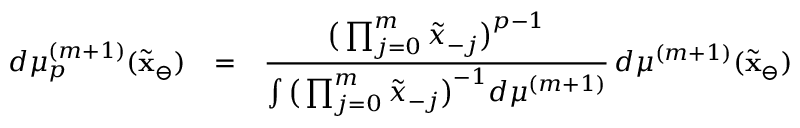
\begin{array} { r c l } { d \mu _ { p } ^ { ( m + 1 ) } ( \tilde { \mathbf { x } } _ { \ominus } ) } & { = } & { \displaystyle \frac { \big ( \prod _ { j = 0 } ^ { m } \tilde { x } _ { - j } \big ) ^ { p - 1 } } { \int \big ( \prod _ { j = 0 } ^ { m } \tilde { x } _ { - j } \big ) ^ { - 1 } d \mu ^ { ( m + 1 ) } } \, d \mu ^ { ( m + 1 ) } ( \tilde { \mathbf { x } } _ { \ominus } ) } \end{array}